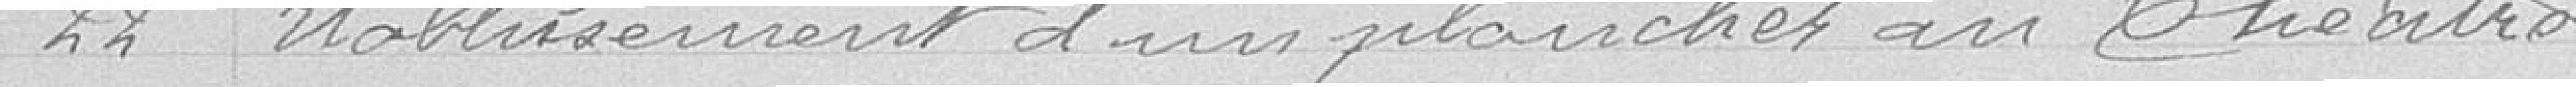
22 Etablissement d'un plancher au théâtre